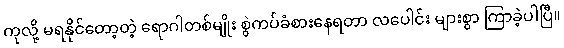
ကုလို့ မရနိုင်တော့တဲ့ ရောဂါတစ်မျိုး စွဲကပ်ခံစားနေရတာ လပေါင်း များစွာ ကြာခဲ့ပါပြီ။